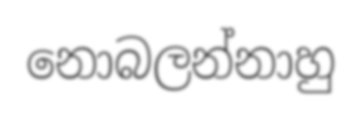
නොබලන්නාහු